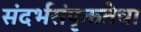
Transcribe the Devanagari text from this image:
संदर्भसंपृक्ततेचा